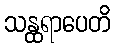
သန္ထရာပေတိ